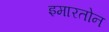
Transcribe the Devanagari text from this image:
इमारतोन